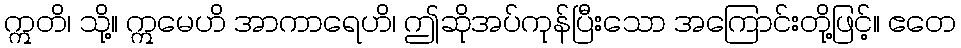
ဣတိ၊ သို့။ ဣမေဟိ အာကာရေဟိ၊ ဤဆိုအပ်ကုန်ပြီးသော အကြောင်းတို့ဖြင့်။ ဧတေ